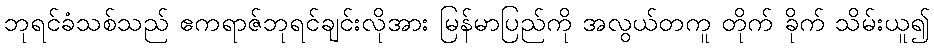
ဘုရင်ခံသစ်သည် ဧကရာဇ်ဘုရင်ချင်းလိုအား မြန်မာပြည်ကို အလွယ်တကူ တိုက် ခိုက် သိမ်းယူ၍